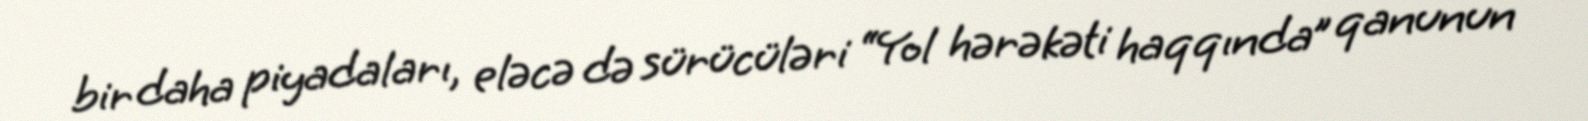
bir daha piyadaları, eləcə də sürücüləri “Yol hərəkəti haqqında” qanunun